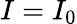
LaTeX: I=I_{0}